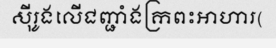
ស៊ីរូងលើជញ្ជាំងក្រពះអាហារ(